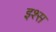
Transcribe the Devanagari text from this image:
इश्स